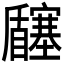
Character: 𡬉